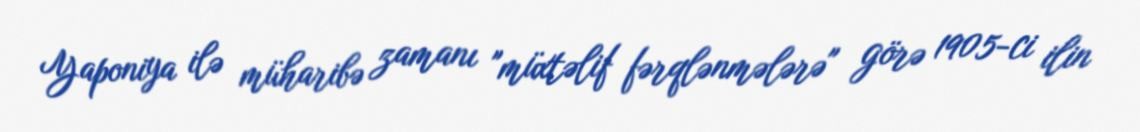
Yaponiya ilə müharibə zamanı "müxtəlif fərqlənmələrə" görə 1905-ci ilin